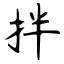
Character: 拌